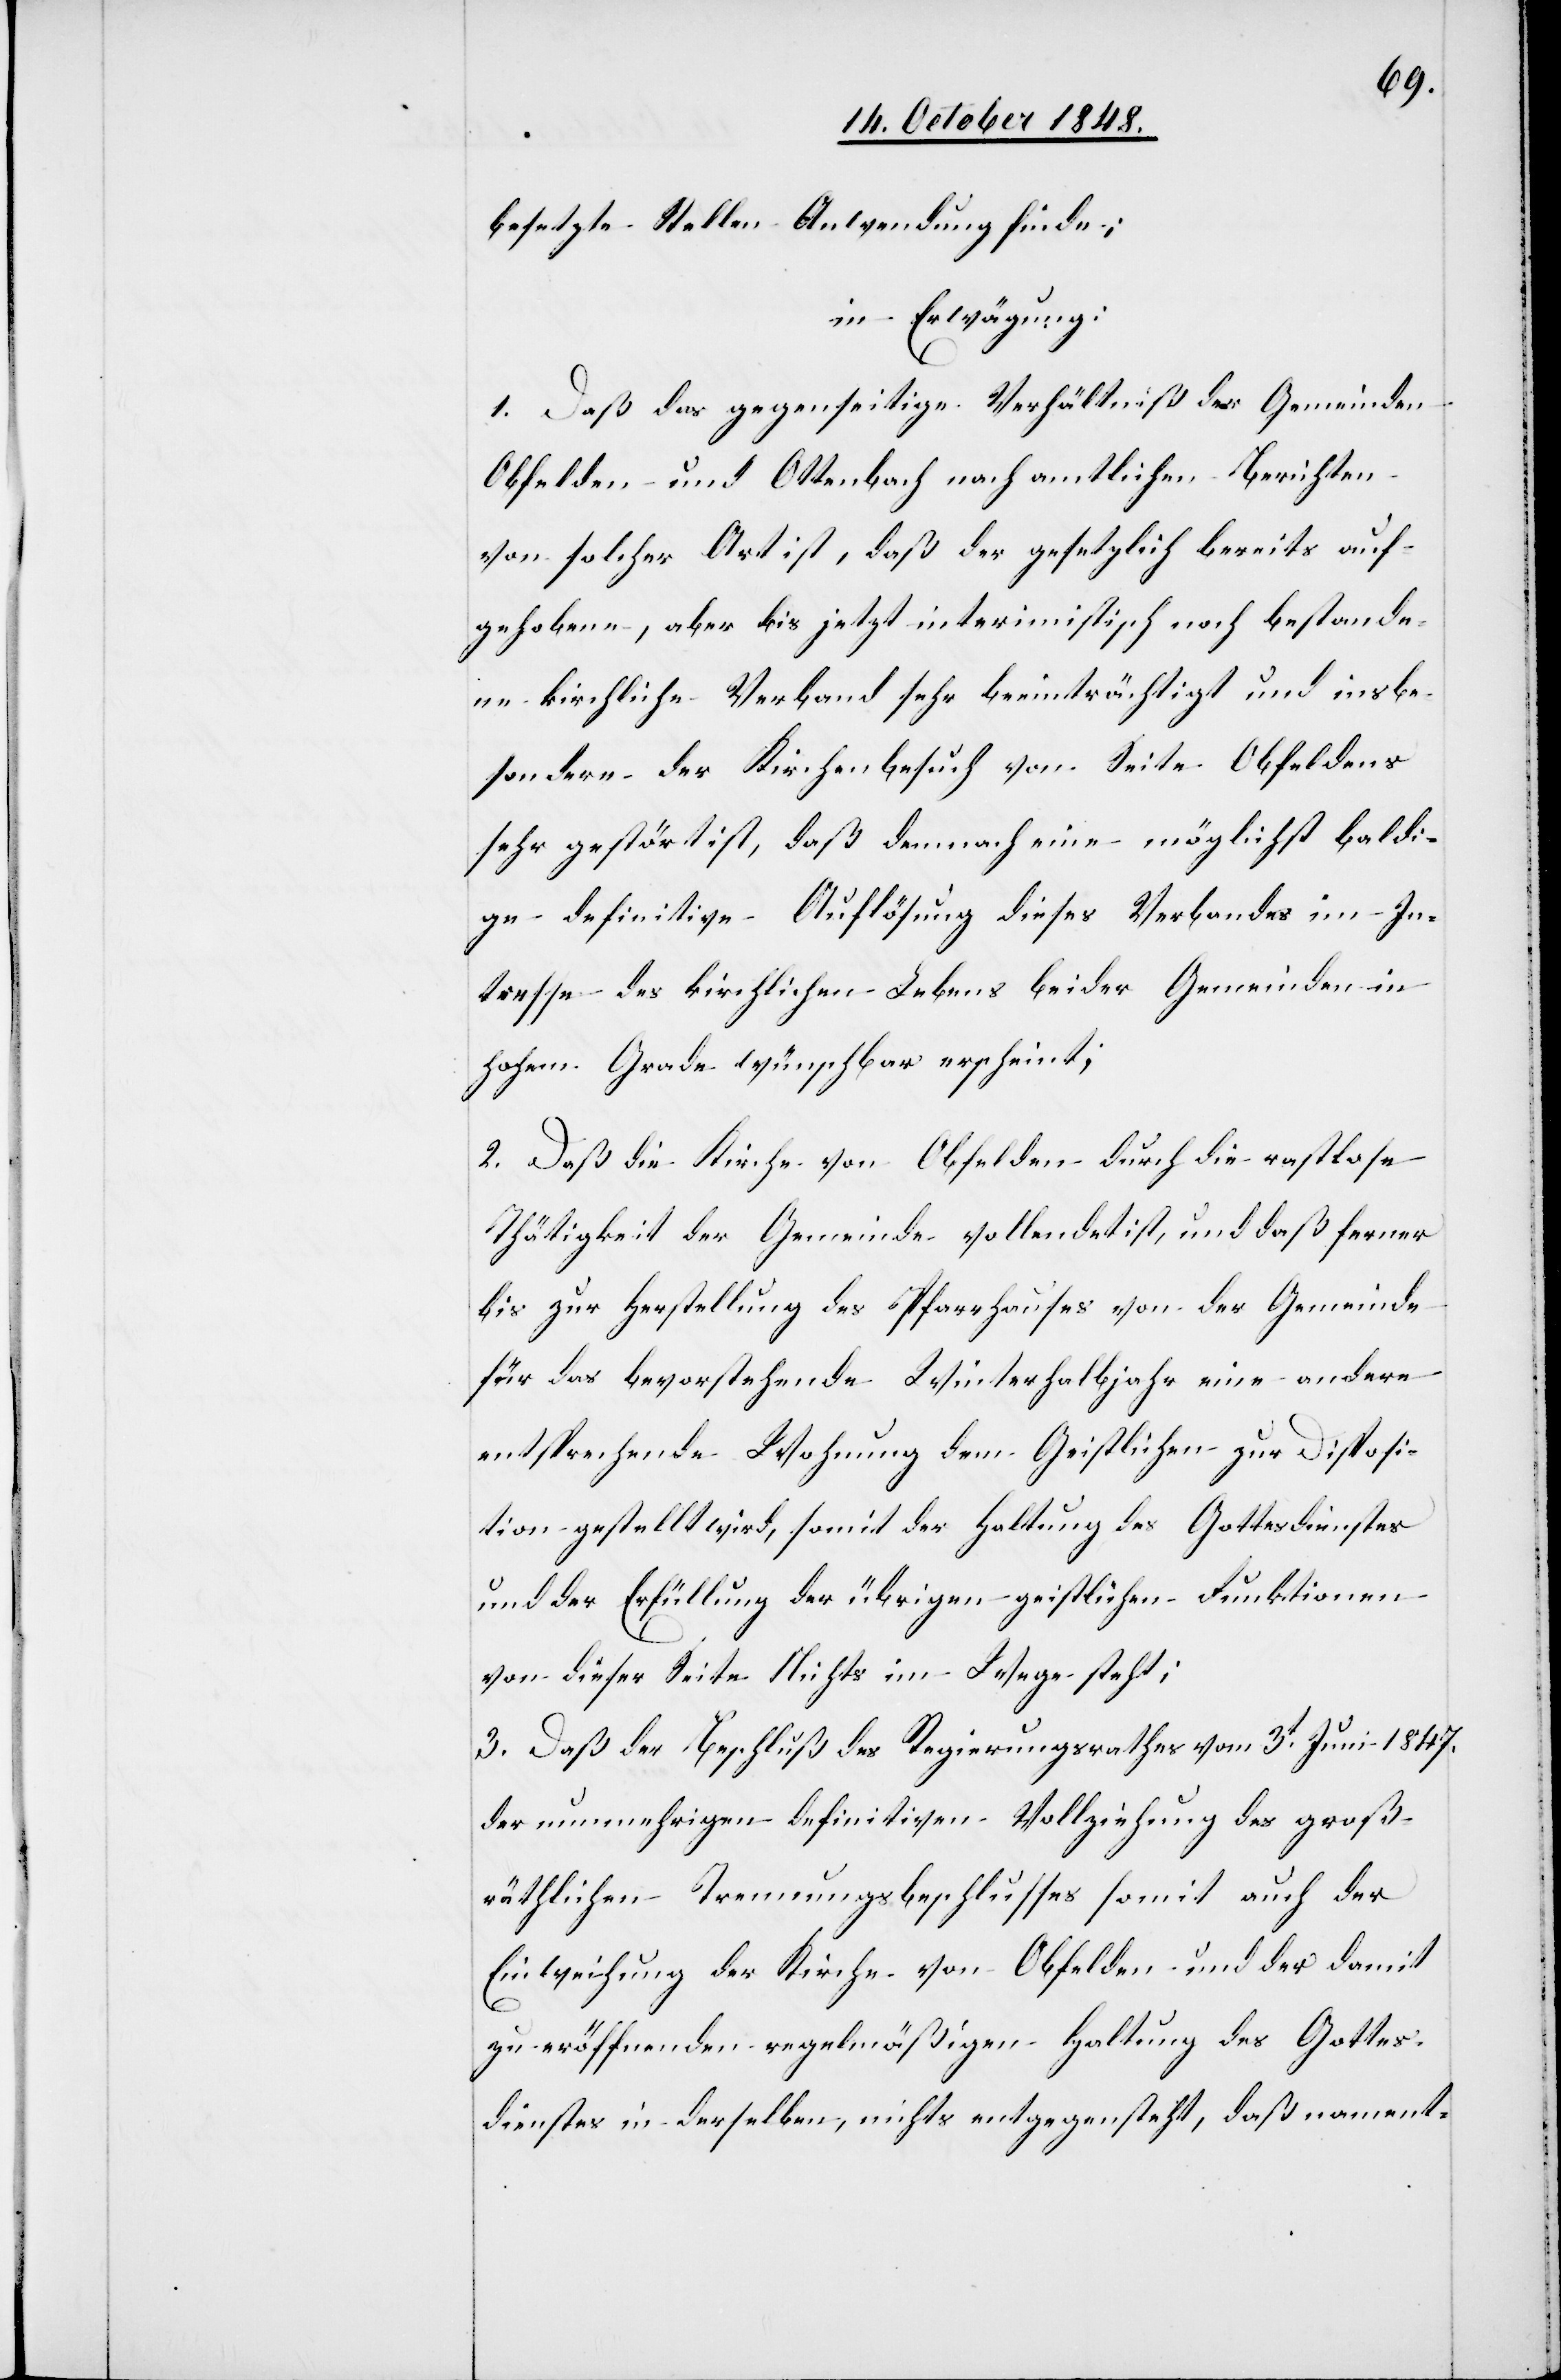
besetzte Stellen Anwendung finde;
in Erwägung:
1. Daß das gegenseitige Verhältniß der Gemeinden
Obfelden und Ottenbach nach amtlichen Berichten
von solcher Art ist, daß der gesetzlich bereits auf¬
gehobene, aber bis jetzt interimistisch noch bestande¬
ne kirchliche Verband sehr beeinträchtigt und insbe¬
sondere der Kirchenbesuch von Seite Obfeldens
sehr gestört ist, daß demnach eine möglichst baldi¬
ge definitive Auflösung dieses Verbands im In¬
teresse des kirchlichen Lebens beider Gemeinden in
hohem Grade wünschbar erscheint;
2. Daß die Kirche von Obfelden durch die rastlose
Thätigkeit der Gemeinde vollendet ist, und daß ferner
bis zur Herstellung des Pfarrhauses von der Gemeinde
für das bevorstehende Winterhalbjahr eine andere
entsprechende Wohnung dem Geistlichen zur Disposi¬
tion gestellt wird, somit der Haltung des Gottesdienstes
und der Erfüllung der übrigen geistlichen Funktionen
von dieser Seite Nichts im Wege steht;
3. Daß der Beschluß des Regierungsrathes vom 3t Juni 1847.
der nunmehrigen definitiven Vollziehung des groß¬
räthlichen Trennungsbeschlusses somit auch der
Einweihung der Kirche von Obfelden und der damit
zu eröffnenden regelmäßigen Haltung des Gottes¬
dienstes in derselben, nichts entgegensteht, daß nament-